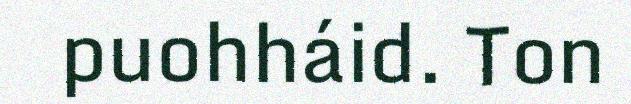
puohháid. Ton